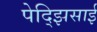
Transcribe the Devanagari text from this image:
पेद्झिसाई